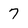
Character: 7